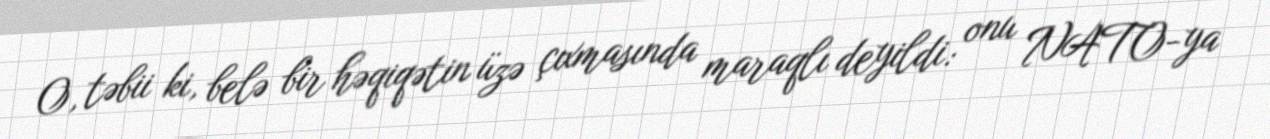
O, təbii ki, belə bir həqiqətin üzə çıxmasında maraqlı deyildi: onu NATO-ya